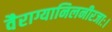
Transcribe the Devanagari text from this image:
वैराग्यानिलनीरजाः।